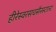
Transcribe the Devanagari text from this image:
हीरेस्वरसचसैनस्टाल्ट